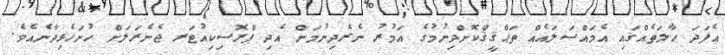
އެފަދަ ޙާލަތެއްގައި އެމައްސަލައެއް ތަޙްޤީޤްކޮށްދިނުމުގެ އަމުރު ނެރެދިނުމަށް އެދި ޕްރޮސިކިއުޓަރ ޖެނެރަލަށް ހުށަހެޅިދާނެއެވެ.